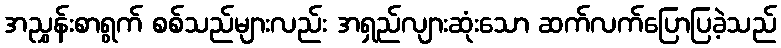
အညွှန်းစာရွက် စစ်သည်များလည်း အရှည်လျားဆုံးသော ဆက်လက်ပြောပြခဲ့သည်